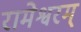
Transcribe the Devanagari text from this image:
रामेश्वरम्‌